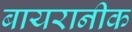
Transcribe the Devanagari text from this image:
बायरानीक